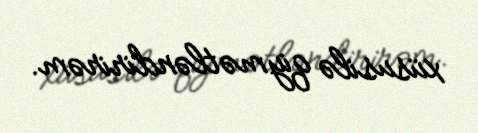
xüsusilə qiymətləndirirəm.